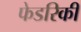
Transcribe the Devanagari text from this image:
फेडरिकी